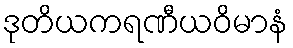
ဒုတိယကရဏီယဝိမာနံ